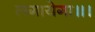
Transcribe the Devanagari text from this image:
लगायेगा॥।